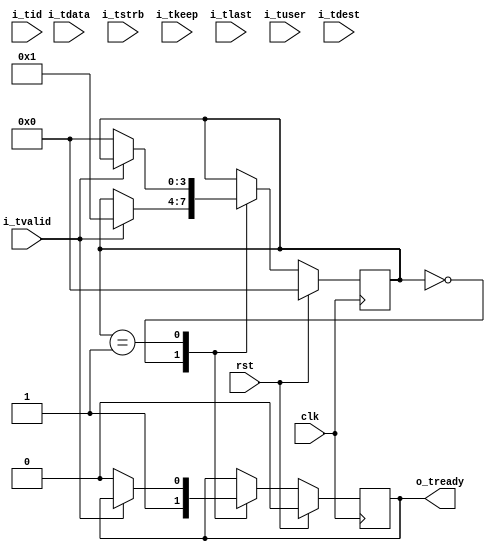
module axi_stream_ingress_demo #(
  parameter ADDR_WIDTH          = 32,
  parameter DATA_WIDTH          = 32,
  parameter STROBE_WIDTH        = (DATA_WIDTH / 8)
)(
  input                               clk,
  input                               rst,

  //Write Data Channel
  input                               i_tvalid,
  output  reg                         o_tready,
  input       [DATA_WIDTH - 1: 0]     i_tdata,

  input       [STROBE_WIDTH - 1:0]    i_tstrb,
  input       [STROBE_WIDTH - 1:0]    i_tkeep,
  input                               i_tlast,
  input       [3:0]                   i_tuser,
  input       [3:0]                   i_tid,
  input       [31:0]                  i_tdest

);
//local parameters

localparam      IDLE                = 4'h0;
localparam      RECEIVE_WRITE_DATA  = 4'h1;

//Address Map
localparam      ADDR_CONTROL        = 0;
localparam      ADDR_STATUS         = 1;

//registes/wires
reg           [3:0]                  state;
reg           [ADDR_WIDTH - 1: 0]    address;

reg           [DATA_WIDTH - 1: 0]    control;
reg           [DATA_WIDTH - 1: 0]    status;

//submodules
//asynchronous logic
//synchronous logic

always @ (posedge clk) begin
  //Deassert Strobes
  if (rst) begin
    o_tready            <=  0;

    //Demo values
    control             <=  0;
    status              <=  0;
    state               <= IDLE;
  end
  else begin
    case (state)
      IDLE: begin
        o_tready        <= 1;

        //Only handle read or write at one time, not both
        if (i_tvalid) begin
          state         <=  RECEIVE_WRITE_DATA;
          $display("Dest: %h", i_tdest);
          $display("User: %h", i_tuser);
          $display("ID:   %h", i_tid);
          $display("Data: 0x%08X", i_tdata);
        end
      end
      RECEIVE_WRITE_DATA: begin
        if (!i_tvalid) begin
          state         <=  IDLE;
          o_tready      <=  0;
        end
        else begin
          $display ("Data: 0x%08X", i_tdata);
        end
      end
      default: begin
        $display("Shouldn't have gotten here!");
      end
    endcase

    if (i_tlast) begin
      $display("Last Signal Strobed");
    end
  end
end

endmodule